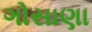
ગોસાણા